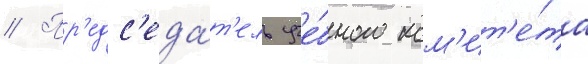
// Пр'едс'еда́т'ель уче́бного ком'ит'е́та